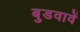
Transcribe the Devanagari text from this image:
बुडवावें